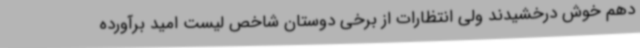
دهم خوش درخشیدند ولی انتظارات از برخی دوستان شاخص لیست امید برآورده